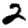
Digit: 2